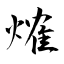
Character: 𤌍